Indian Medical Review
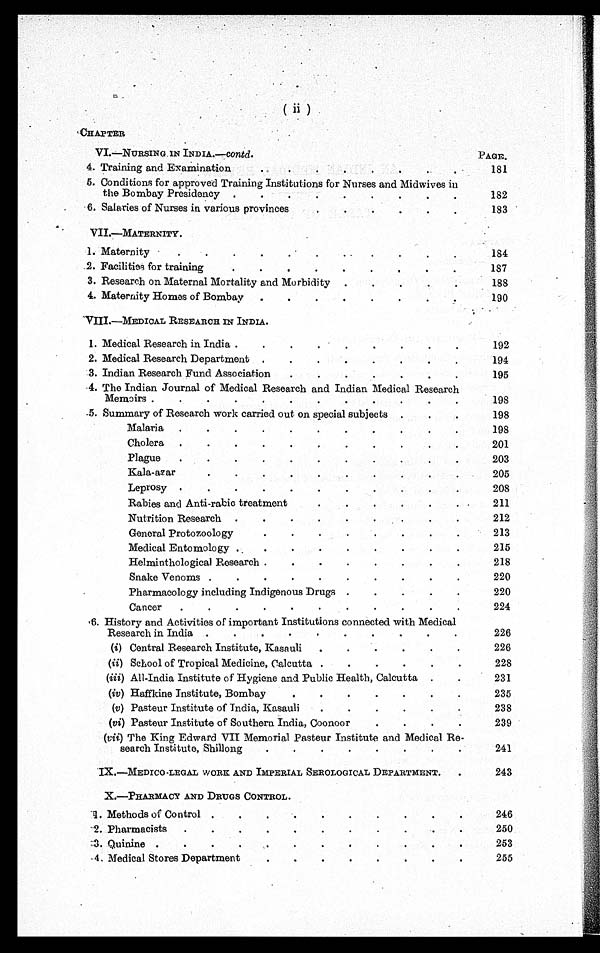
(ii)
CHAPTER
VI.—NURSING. IN INDIA.—contd .
PAGE.
4. Training and Examination . . .
181
5. Conditions for approved Training Institutions for Nurses and Midwives in
the Bombay Presidency . . .
182
6. Salaries of Nurses in various provinces . . .
183
VII.—MATERNITY.
1. Maternity . . .
184
2. Facilities for training . . .
187
3. Research on Maternal Mortality and Morbidity . . .
188
4. Maternity Homes of Bombay . . .
190
VIII.—MEDICAL RESEARCH IN INDIA.
1. Medical Research in India . . .
192
2. Medical Research Department . . .
194
3. Indian Research Fund Association . . .
195
4. The Indian Journal of Medical Research and Indian Medical Research
Memoirs . . .
198
5. Summary of Research work carried out on special subjects . . .
198
Malaria . . .
198
Cholera . . .
201
Plague . . .
203
Kala-azar . . .
205
Leprosy . . .
208
Rabies and Anti-rabic treatment . . .
211
Nutrition Research . . .
212
G e n e r a l P r o t o z o o l o g y . . .
213
Medical Entomology . . .
215
Helminthological Research . . .
218
Snake Venoms . . .
220
Pharmacology including Indigenous Drugs . . .
220
Cancer . . .
224
6. History and Activities of important Institutions connected with Medical
Research in India . . .
226
(i) Central Research Institute, Kasauli . . .
226
(ii) School of Tropical Medicine, Calcutta . . .
228
(iii) All-India Institute of Hygiene and Public Health, Calcutta . . .
231
(iv) Haffkine Institute, Bombay . . .
235
(v) Pasteur Institute of India, Kasauli . . .
238
(vi) Pasteur Institute of Southern India, Coonoor . . .
239
(Vii) The King Edward VII Memorial Pasteur Institute and Medical Re
-
search Institute, Shillong . . .
241
IX.—MEDICO-LEGAL WORK AND IMPERIAL SEROLOGICAL DEPARTMENT. . . .
243
X.—PHARMACY AND DRUGS CONTROL.
1 . Methods of Control . . .
246
2. Pharmacists . . .
250
3 . Quinine . . .
253
4. Medical Stores Department . . .
255